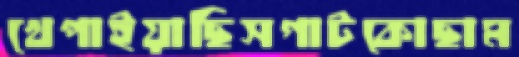
খেপাইয়াছিসগাটকোছাম